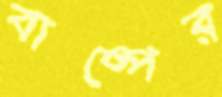
বাষ্পের